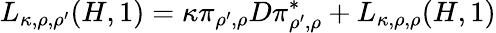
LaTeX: L_{\kappa,\rho,\rho^{\prime}}(H,1)=\kappa\pi_{\rho^{\prime},\rho}D\pi_{\rho^{\prime},\rho}^{*}+L_{\kappa,\rho,\rho}(H,1)